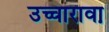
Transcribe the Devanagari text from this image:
उच्चारावा़